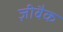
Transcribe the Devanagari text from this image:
ज़ीबैक